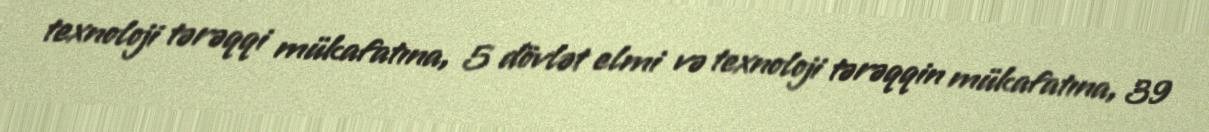
texnoloji tərəqqi mükafatına, 5 dövlət elmi və texnoloji tərəqqin mükafatına, 39